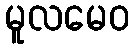
မူလမေဝ